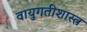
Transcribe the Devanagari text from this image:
वायुगतीशास्त्र